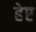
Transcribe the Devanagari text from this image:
हेए